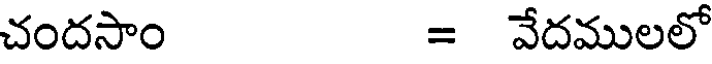
చందసాం = వేదములలో